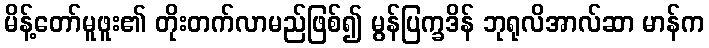
မိန့်တော်မူဖူး၏ တိုးတက်လာမည်ဖြစ်၍ မွန်ပြက္ခဒိန် ဘုရုလိအာလ်ဆာ မာန်က